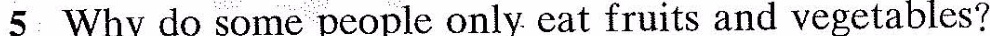
5 Why do some people only eat fruits and vegetables?